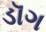
ડૉગ